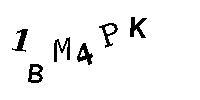
1BM4PK